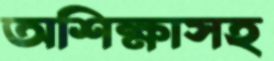
অশিক্ষাসহ